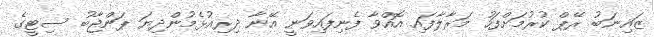
ޒައިނަބު ރޭޕް ކުރުމަށްފަހު މަރާލާފައި އޮއްވާ ފެނިފައިވަނީ އޭނާ ދިރިއުޅެމުންދިޔަ ޕަންޖާބު ސިޓީގެ